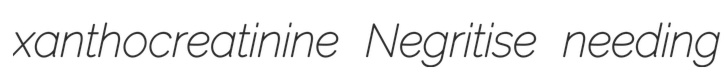
xanthocreatinine Negritise needing